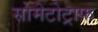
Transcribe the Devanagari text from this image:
सोमेटोट्राफ